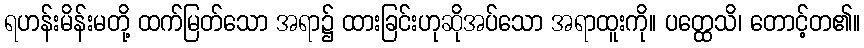
ရဟန်းမိန်းမတို့ ထက်မြတ်သော အရာ၌ ထားခြင်းဟုဆိုအပ်သော အရာထူးကို။ ပတ္ထေသိ၊ တောင့်တ၏။